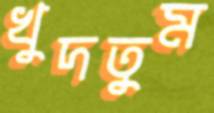
খুদতুম